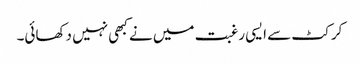
کرکٹ سے ایسی رغبت میں نے کبھی نہیں دکھائی۔